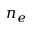
n _ { e }